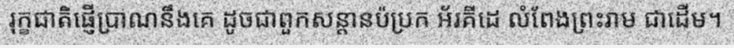
រុក្ខជាតិផ្ញើប្រាណនឹងគេ ដូចជាពួកសន្តានប៉ប្រក អ័រគីដេ លំពែងព្រះរាម ជាដើម។